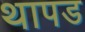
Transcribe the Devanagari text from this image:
थापड